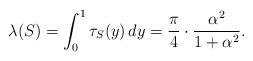
LaTeX: \begin{align*} \lambda(S) = \int_0^1 \tau_S (y) \, dy = \frac{\pi}{4} \cdot \frac{\alpha^2}{1+\alpha^2} .\end{align*}